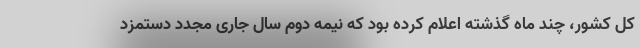
کل کشور، چند ماه گذشته اعلام کرده بود که نیمه دوم سال جاری مجدد دستمزد